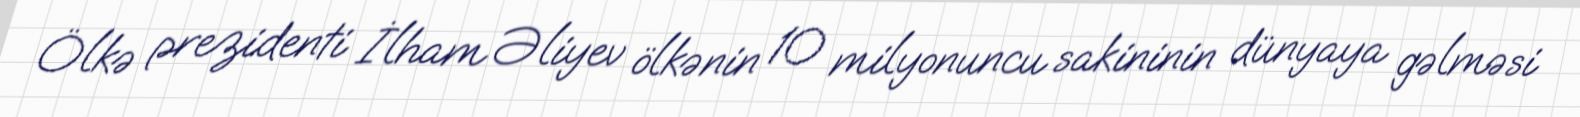
Ölkə prezidenti İlham Əliyev ölkənin 10 milyonuncu sakininin dünyaya gəlməsi